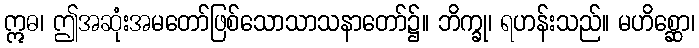
ဣဓ၊ ဤအဆုံးအမတော်ဖြစ်သောသာသနာတော်၌။ ဘိက္ခု၊ ရဟန်းသည်။ မဟိစ္ဆော၊